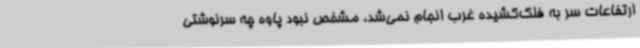
ارتفاعات سر به فلک‌کشیده غرب انجام نمی‌شد، مشخص نبود پاوه چه سرنوشتی